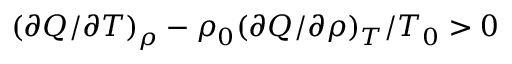
( \partial Q / \partial T ) _ { \rho } - \rho _ { 0 } ( \partial Q / \partial \rho ) _ { T } / T _ { 0 } > 0